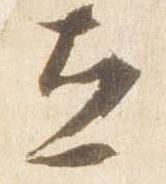
立